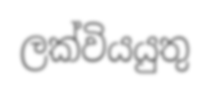
ලක්වියයුතු